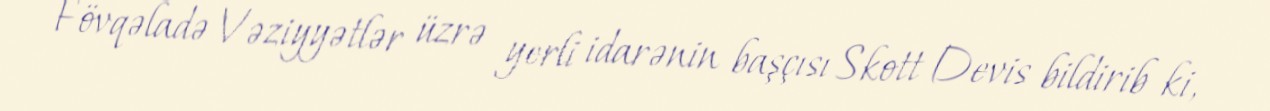
Fövqəladə Vəziyyətlər üzrə yerli idarənin başçısı Skott Devis bildirib ki,